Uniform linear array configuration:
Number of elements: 48
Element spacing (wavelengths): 1
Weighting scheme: blackman
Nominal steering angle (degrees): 0
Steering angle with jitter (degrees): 1.243
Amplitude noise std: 0.05
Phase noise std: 0.05

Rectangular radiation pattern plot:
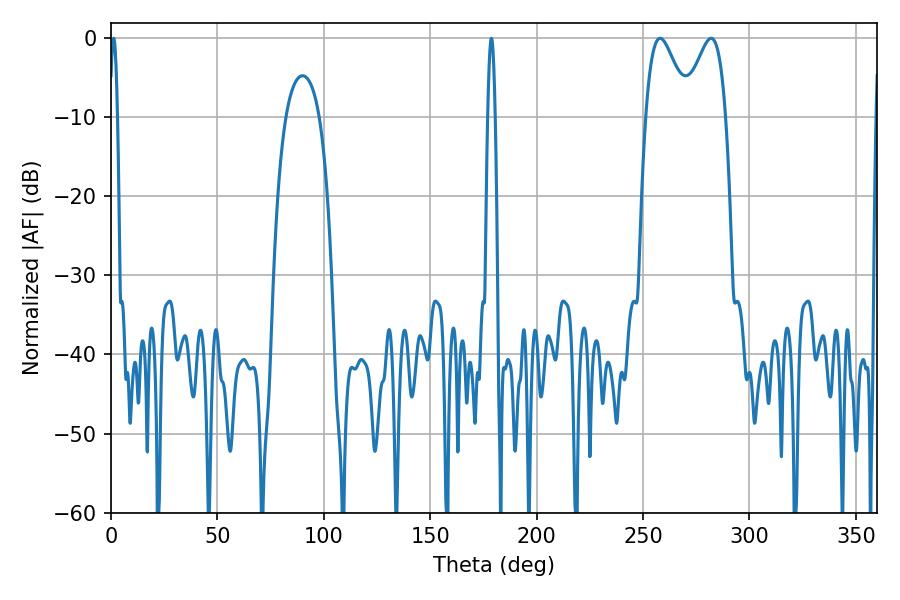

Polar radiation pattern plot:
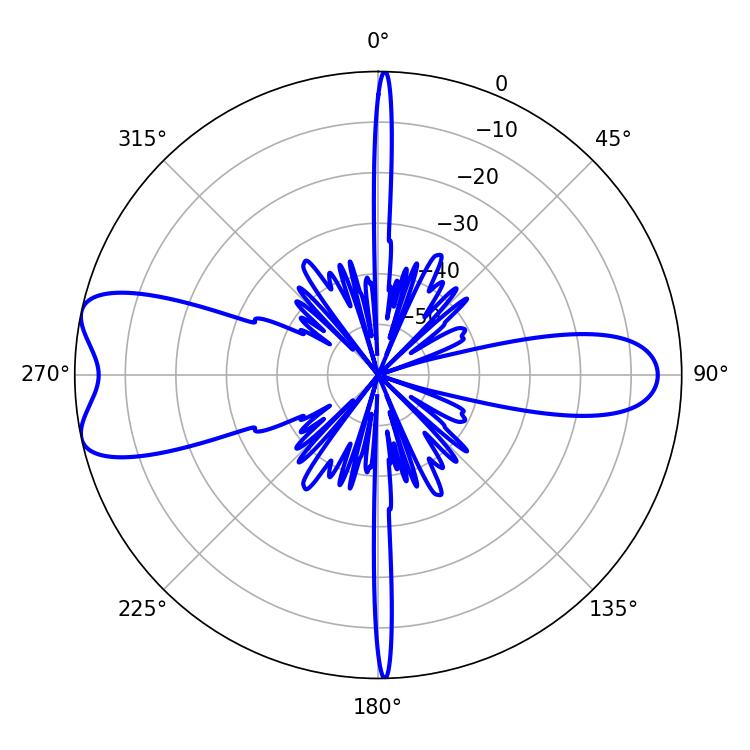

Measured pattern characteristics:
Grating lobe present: TRUE
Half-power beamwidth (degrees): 1.8
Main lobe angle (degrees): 1.26